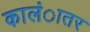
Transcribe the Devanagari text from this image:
कालंातर